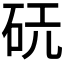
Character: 𪿔